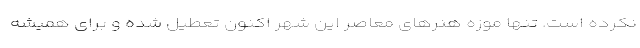
نکرده است. تنها موزه هنرهای معاصر این شهر اکنون تعطیل شده و برای همیشه